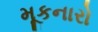
મૂકનારો